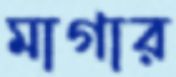
মাগার